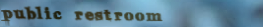
public restroom